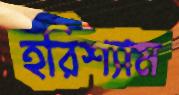
হরিশ্যাম